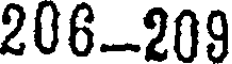
206-209